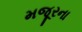
મજૂરના